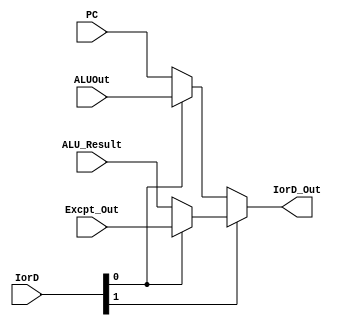
module mux_IorD (
    input  wire [1:0]  IorD,
    input  wire [31:0] PC,
    input  wire [31:0] ALUOut,
    input  wire [31:0] ALU_Result,
    input  wire [31:0] Excpt_Out,
    output wire [31:0] IorD_Out
);

//   input 0 (00): PC
//   input 1 (01): ALUOut
//   input 2 (10): ALU_Result
//   input 3 (11): Exception Control Output

    wire [31:0] aux1;
    wire [31:0] aux2;

    assign aux1 = (IorD[0]) ? ALUOut : PC;
    assign aux2 = (IorD[0]) ? Excpt_Out : ALU_Result;

    assign IorD_Out = (IorD[1]) ? aux2 : aux1;

endmodule